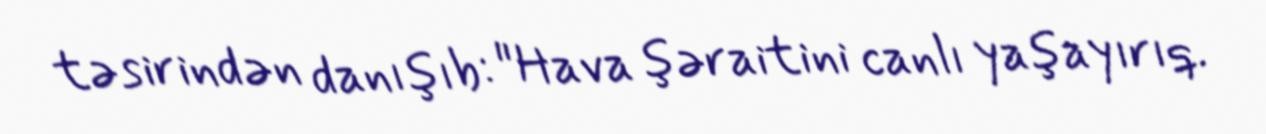
təsirindən danışıb: "Hava şəraitini canlı yaşayırıq.